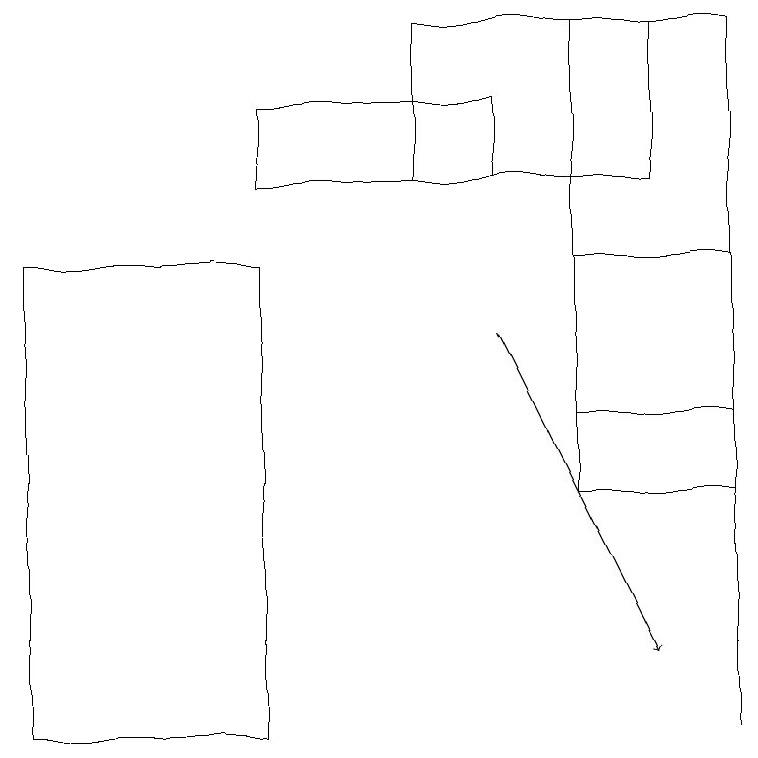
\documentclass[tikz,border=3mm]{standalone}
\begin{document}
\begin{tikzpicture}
\draw[->] (6,15) -- (8,11);
\draw (5,17) rectangle (8,19);
\draw (0,10) rectangle (3,16);
\draw (7,13) rectangle (9,16);
\draw (9,10) rectangle (9,16);
\draw (7,19) rectangle (9,14);
\draw (6,18) rectangle (3,17);
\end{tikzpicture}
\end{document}